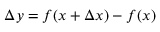
\Delta y = f ( x + \Delta x ) - f ( x )